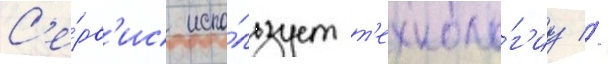
С'е́рв'ис испо́льзует т'ехноло́г'иу //